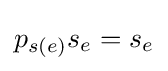
p_{s(e)}s_{e}=s_{e}